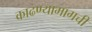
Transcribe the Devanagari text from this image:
काढण्यामागची